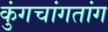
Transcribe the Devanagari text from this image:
कुंगचांगतांग